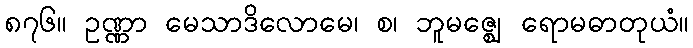
၈၇၆။ ဥဏ္ဏာ မေသာဒိလောမေ၊ စ၊ ဘူမဇ္ဈေ ရောမဓာတုယံ။